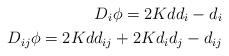
LaTeX: \begin{align*} D_i \phi = 2Kdd_i - d_i\\ D_{ij}\phi = 2Kdd_{ij} + 2Kd_id_j - d_{ij} \end{align*}